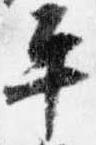
平